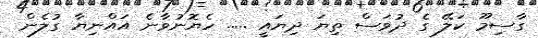
ގާސިމޫ ކަލޭ ގެ ދުވަސް ތިޔަ ދިޔައީ ..... ހެޔޮނުވާނެ އައްނިޔާ ގުލެން